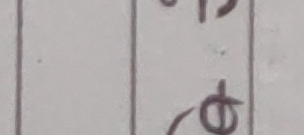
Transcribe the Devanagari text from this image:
कै